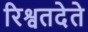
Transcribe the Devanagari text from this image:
रिश्वतदेते